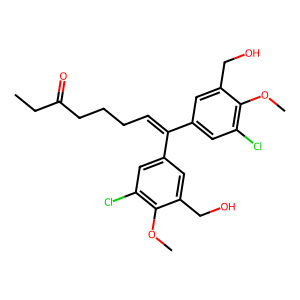
SMILES: CCC(=O)CCCC=C(c1cc(Cl)c(OC)c(CO)c1)c1cc(Cl)c(OC)c(CO)c1
Inhibits HIV replication: No